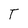
Character: T